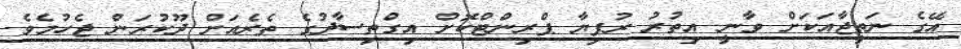
އޭގެ ނަތީޖާއަކަށް ވާނީ އިތުރު ރުފިޔާ ޕްރިންޓްކޮށް އިގްތިސާދުގެ ތެރެއަށް ދޫކުރަން ޖެހުމެވެ.